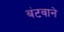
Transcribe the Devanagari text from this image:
बंटवाने